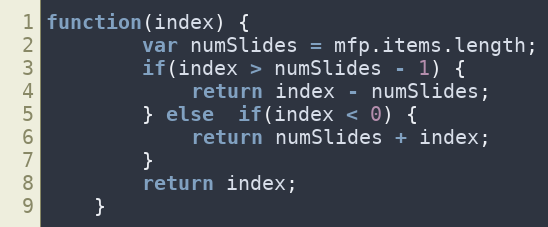
Language: JavaScript
function(index) {
		var numSlides = mfp.items.length;
		if(index > numSlides - 1) {
			return index - numSlides;
		} else  if(index < 0) {
			return numSlides + index;
		}
		return index;
	}